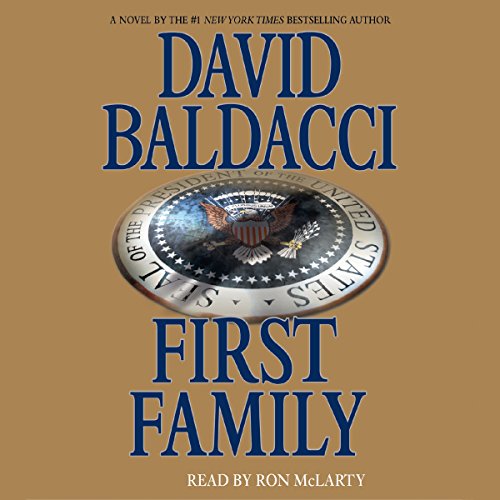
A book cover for First Family; David Baldacci; Mystery, Thriller & Suspense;